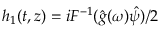
h _ { 1 } ( t , z ) = i { \cal F } ^ { - 1 } ( \hat { g } ( \omega ) \hat { \psi } ) / 2